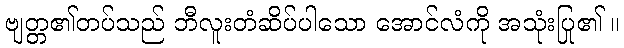
ဗျတ္တ၏တပ်သည် ဘီလူးတံဆိပ်ပါသော အောင်လံကို အသုံးပြု၏ ။